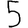
Digit: 5